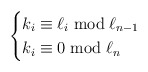
\begin{align*} \begin{cases}k_i \equiv \ell_i \bmod \ell_{n-1} \\k_i \equiv 0 \bmod \ell_n \\\end{cases} \end{align*}